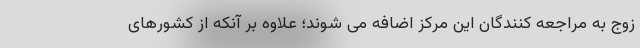
زوج به مراجعه کنندگان این مرکز اضافه می شوند؛ علاوه بر آنکه از کشورهای